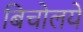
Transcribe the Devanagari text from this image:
बिचोलये